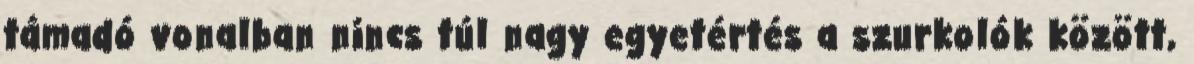
támadó vonalban nincs túl nagy egyetértés a szurkolók között,